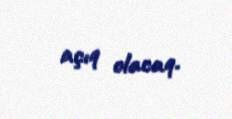
açıq olacaq.